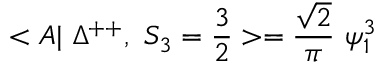
< A | ~ \Delta ^ { + + } , ~ S _ { 3 } = \frac { 3 } { 2 } > = \frac { \sqrt { 2 } } { \pi } ~ \psi _ { 1 } ^ { 3 }